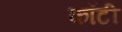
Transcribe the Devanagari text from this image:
कॉटी